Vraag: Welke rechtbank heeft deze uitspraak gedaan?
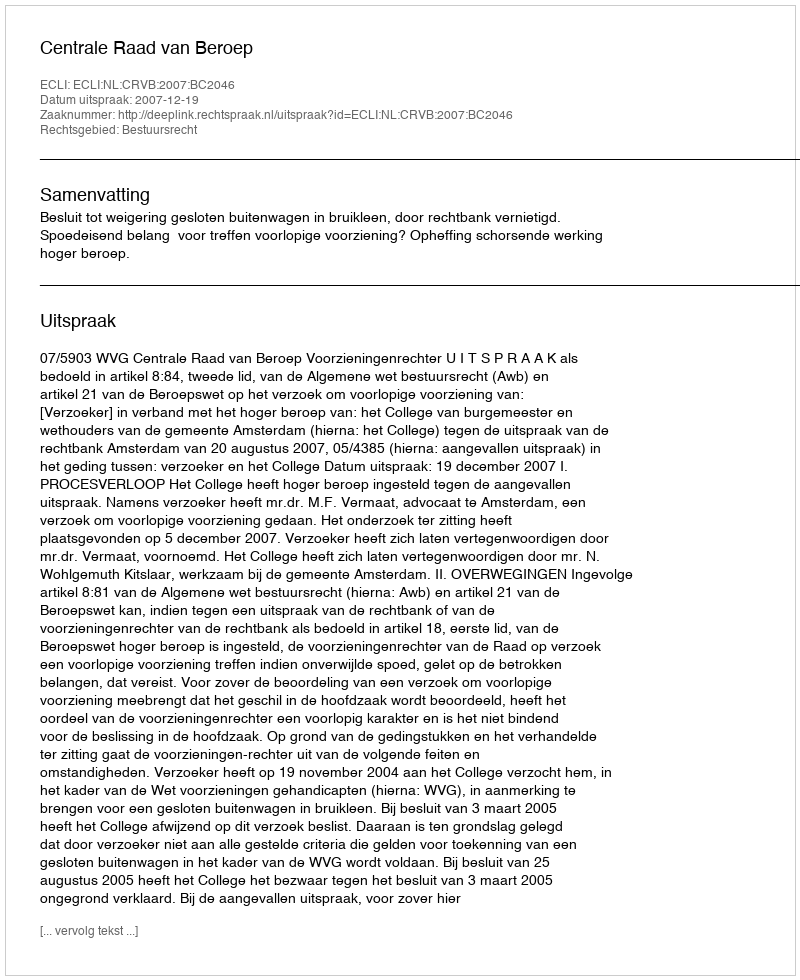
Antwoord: Centrale Raad van Beroep